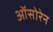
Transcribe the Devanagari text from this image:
ऑसोरेन